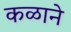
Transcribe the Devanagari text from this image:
कळाने